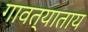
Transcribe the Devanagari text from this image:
गावत्याताय